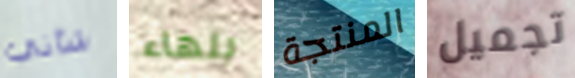
شأني بلهاء المنتجة تجميل